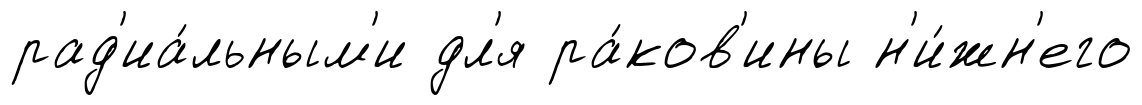
рад'иа́льным'и дл'я ра́ков'ины н'и́жн'его